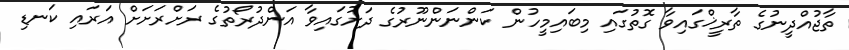
ތާޖުއްދީނުގެ ތާރީޚްގައިވާ ގޮތުގައި މިބައިމީހުން ކަންނަންނޫރުގެ ދަށުގައިވާ އަންދުރޯތުގެ ރަށްރަށަަށް އަރައި ކަނޑި